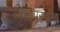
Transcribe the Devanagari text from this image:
विस्तारणीय